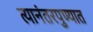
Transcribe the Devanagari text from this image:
त्यानंतरपुण्यात